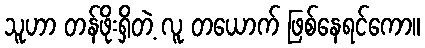
သူဟာ တန်ဖိုးရှိတဲ့ လူ တယောက် ဖြစ်နေရင်ကော။